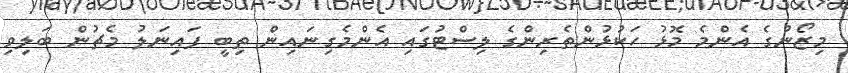
މިޒޯނުގެ އެންމެ މޮޅު ހަކުޅުންތެރިންގެ ލިސްޓުގައި އެންމެގިނައިން ތިބީ ފައިނަލު މެޗުން ބަލިވި